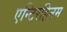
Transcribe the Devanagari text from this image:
एन्टिरहिनम